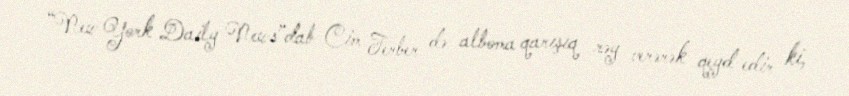
“New York Daily News”dab Cim Ferber də alboma qarışıq rəy verərək qeyd edir ki,